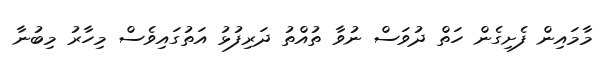
މާމައިން ފެށިގެން ހަތް ދުވަސް ނުވާ ތުއްތު ދަރިފުޅު އަތުގައިވެސް މިހާރު މިބުނާ